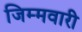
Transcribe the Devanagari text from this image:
जिम्मवारी